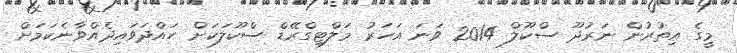
މީގެ އިތުރުން ނަރުދޫ ސްކޫލް 2014 ވަނަ އަހަރު މަލްޓިގްރޭޑް ސްކޫލަކަށް ހައްދަވައިދެއްވާނެކަމަށް